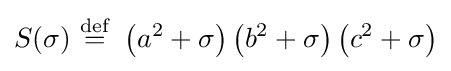
S(\sigma )\ {\stackrel {\mathrm {def} }{=}}\ \left(a^{2}+\sigma \right)\left(b^{2}+\sigma \right)\left(c^{2}+\sigma \right)